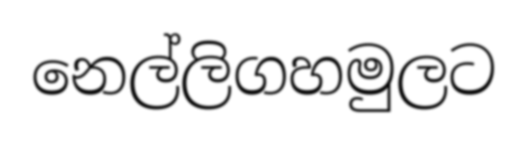
නෙල්ලිගහමුලට